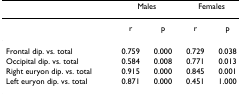
|  | <COLSPAN=2> Males | <COLSPAN=2> Females |
 | --- | --- | --- | --- | --- |
 |  | r | p | r | p |
 | Frontal dip. vs. total | 0.759 | 0.000 | 0.729 | 0.038 |
 | Occipital dip. vs. total | 0.584 | 0.008 | 0.771 | 0.013 |
 | Right euryon dip. vs. total | 0.915 | 0.000 | 0.845 | 0.001 |
 | Left euryon dip. vs. total | 0.871 | 0.000 | 0.451 | 1.000 |